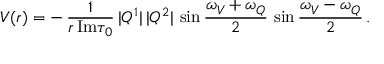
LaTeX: V ( r ) = - \, \frac { 1 } { r \, \mathrm { I m } \tau _ { 0 } } \, | Q ^ { 1 } | \, | Q ^ { 2 } | \, \sin \frac { \omega _ { V } + \omega _ { Q } } { 2 } \, \sin \frac { \omega _ { V } - \omega _ { Q } } { 2 } \, .